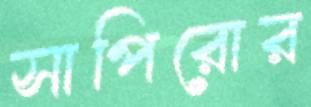
সাপিরোর